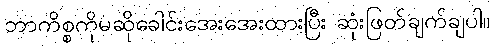
ဘာကိစ္စကိုမဆိုခေါင်းအေးအေးထားပြီး ဆုံးဖြတ်ချက်ချပါ။